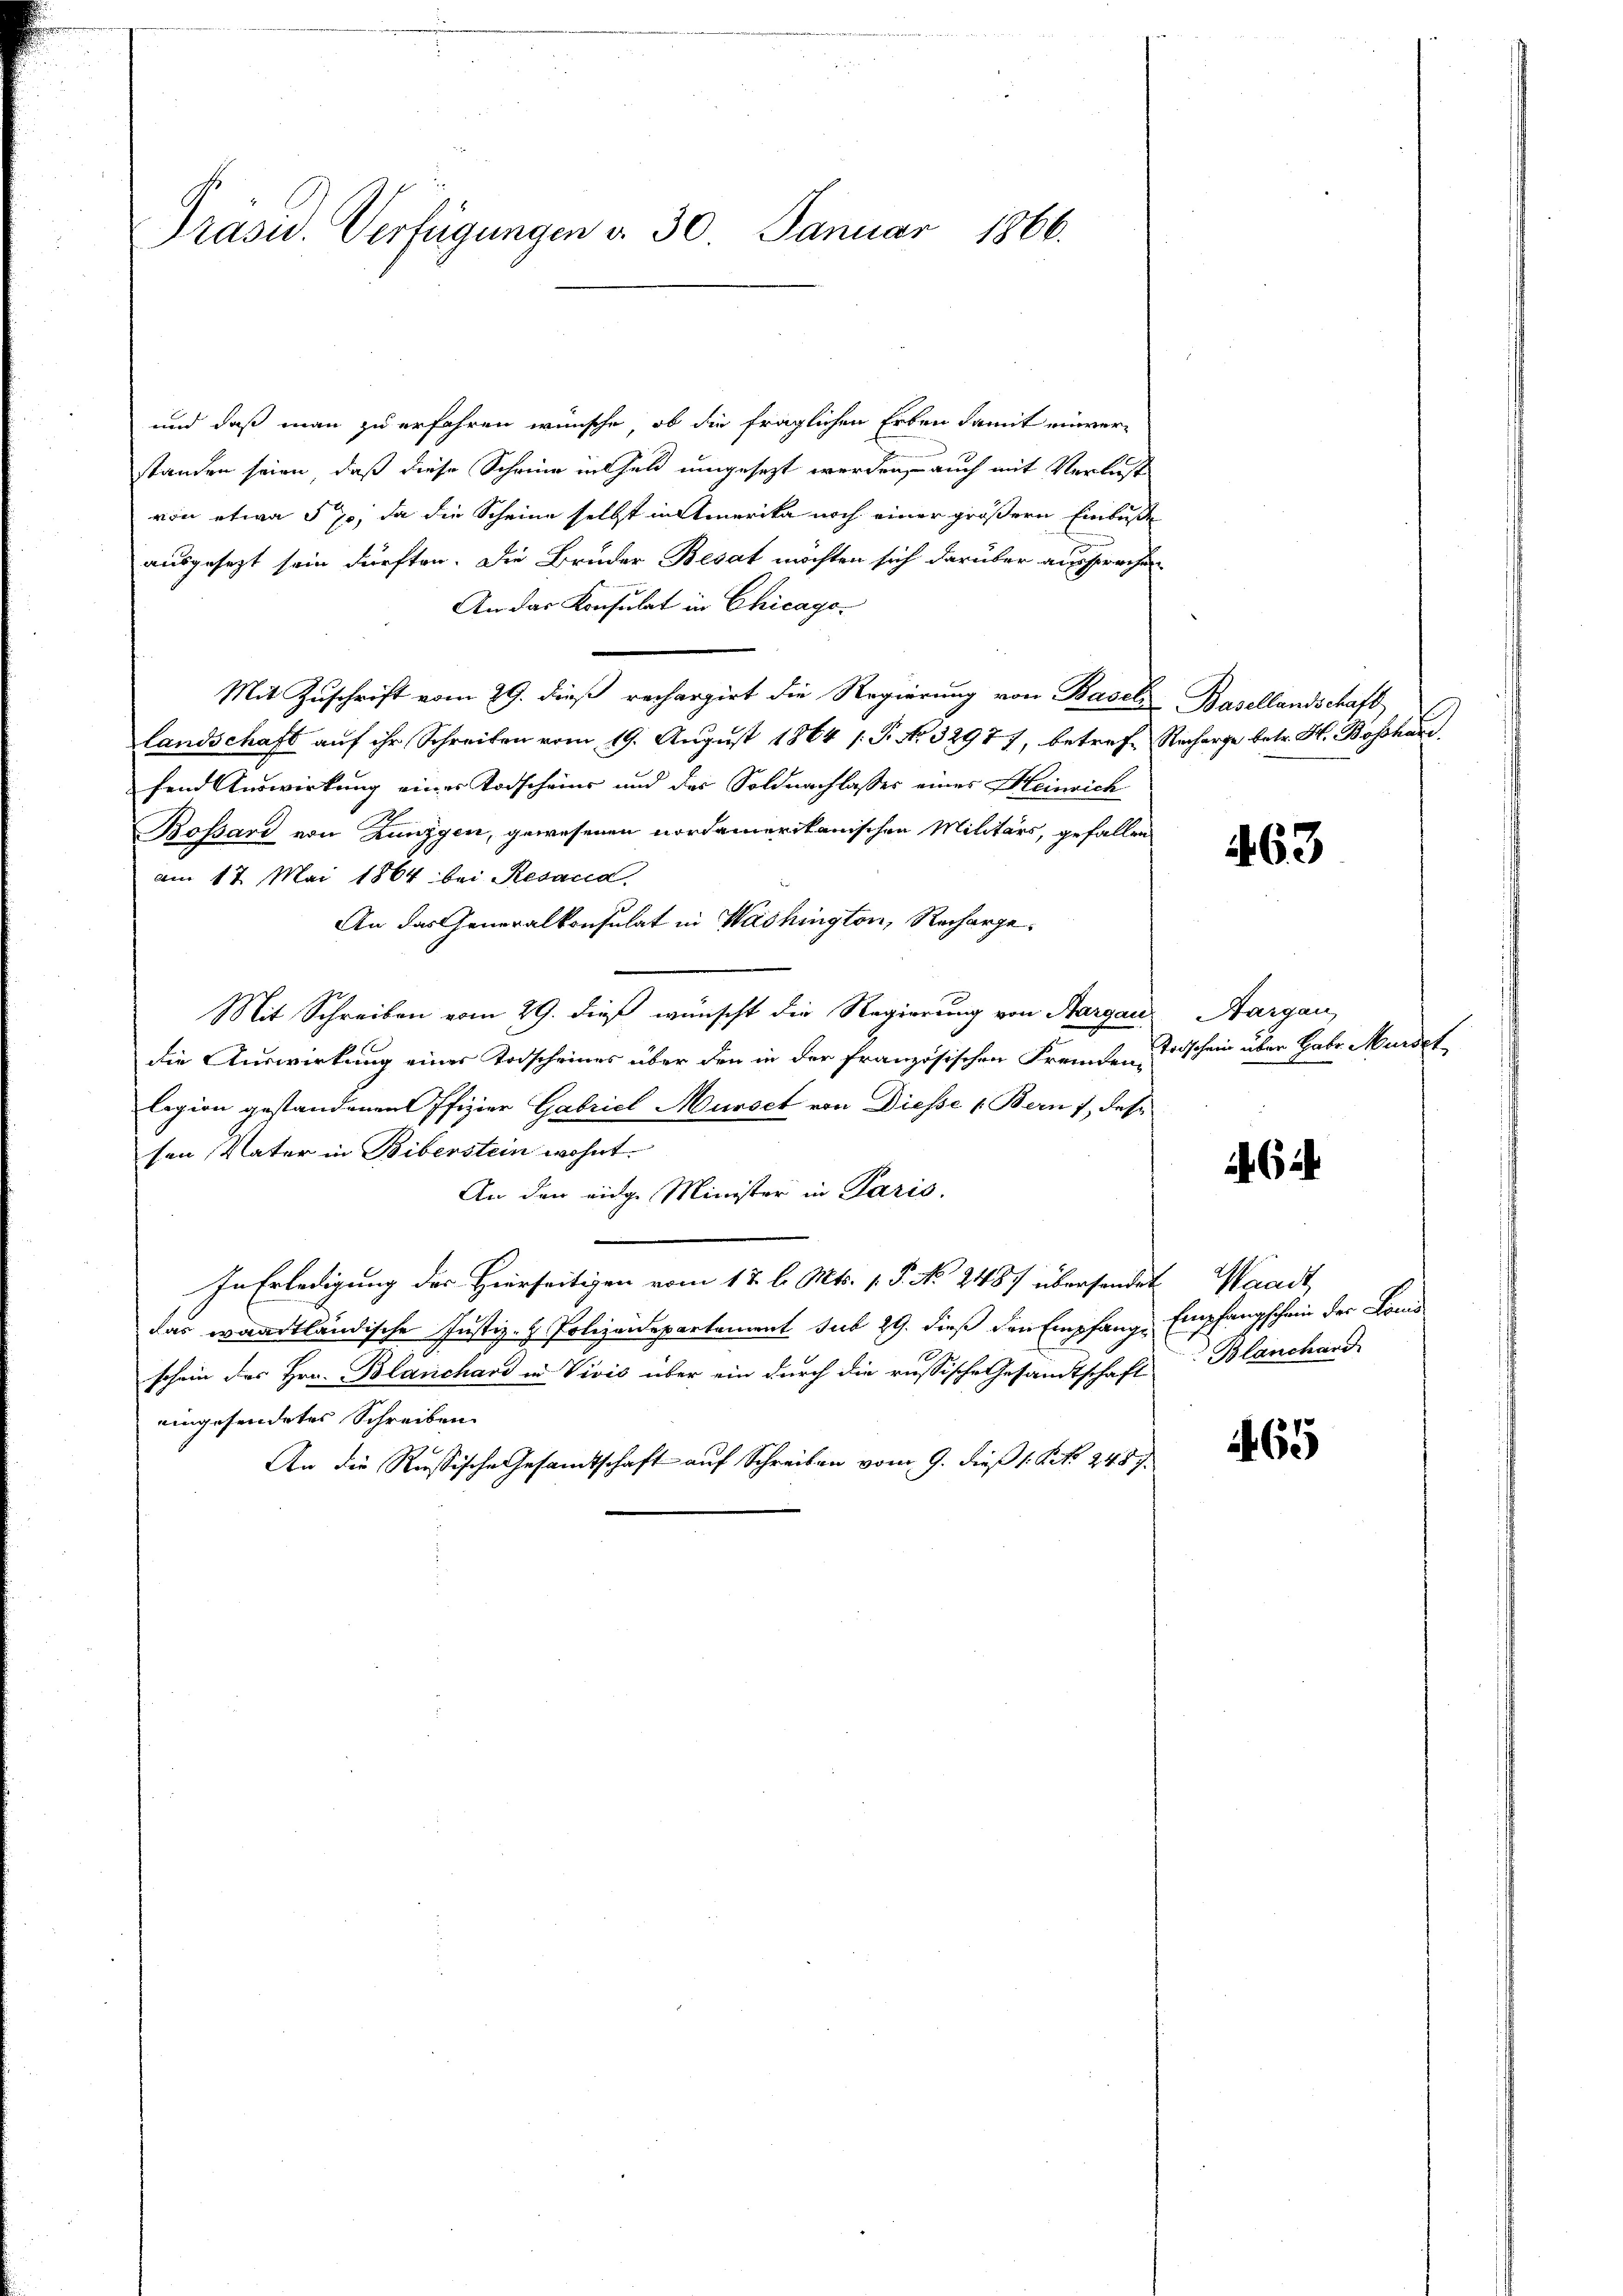
Präsid. Verfügungen d. 30. Januar 1866.

und daß man zu erfahren wünsche, ob die fraglichen Erben damit einverstanden seien, daß diese Scheine inthal umgesezt werden, auch mit Verlust
von etwa § 70, da die Scheine selbst in Amerika noch einer größern Einbuße
ausgesezt sein dürften. Die Bruder Besat möchten sich darüber aussprachen
An das Konsulat in Chicago-
Mit Zuschrift vom 29. dieß rechargirt die Regierung von Baseli Basellandschaft
Landschaft auf ihr Schreiben vom 19. August 1864 /: P. No. 32977, betref- Recharge betr. H. Bossard.
fend Auswirkung eines Todscheine und des Soldnachlasses eines Heinrich
Bossard von Zunggen, gewesenen nordamerikanischen Militärs, gefallen
am 17. Mai 1864 bei Resand
An das Generalkonsulat in Washington, Recharge¬
Mit Schreiben vom 29. dieß wünscht die Regierung von Aargau
die Auswirkung einer Todscheines über den in der französischen Fremden-
legion gestandenen Offizier Gabriel Musset von Diesse 1. Bern 1, des
sen Vater in Biberstein wohnt.
An den eidge Minister in Paris.
In Erledigung des Hierseitigen vom 17. l. Mts. v. P. N. 2487 übersender Waadt,
das waadtländische Justiz- & Polizeidepartament sub 29. dieß den Empfang, Empfangschein der Brand
schein des Hrn. Blanchard in Vivis über ein durch die russische Gesandtschaft Blanchand
eingesendetes Schreiben.
An die Russische Gesamtschaft auf Schreiben vom 9. dieß 1 Art. 248.

163

Aargau,
Todschein über Habe Mundet

6

165